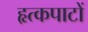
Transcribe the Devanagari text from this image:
हृत्कपाटों